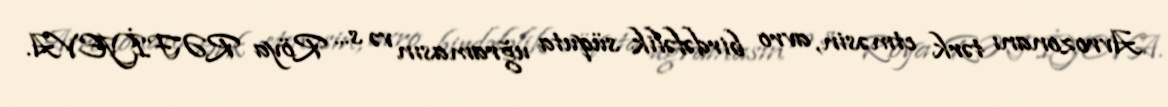
Avrozonanı tərk etməsin, avro birdəfəlik süquta uğramasın və s... Röya RƏFİYEVA.